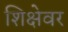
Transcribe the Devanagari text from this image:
शिक्षेवर